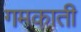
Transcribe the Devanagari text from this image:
गमकाती